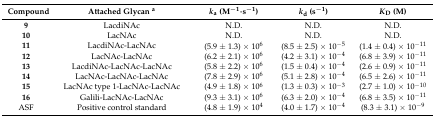
| Compound | Attached Glycan a | ka (M−1·s−1) | kd (s−1) | KD (M) |
 | --- | --- | --- | --- | --- |
 | 9 | LacdiNAc | N.D. | N.D. | N.D. |
 | 10 | LacNAc | N.D. | N.D. | N.D. |
 | 11 | LacdiNAc-LacNAc | (5.9 ± 1.3) × 106 | (8.5 ± 2.5) × 10−5 | (1.4 ± 0.4) × 10−11 |
 | 12 | LacNAc-LacNAc | (6.2 ± 2.1) × 106 | (4.2 ± 3.1) × 10−4 | (6.8 ± 3.9) × 10−11 |
 | 13 | LacdiNAc-LacNAc-LacNAc | (5.8 ± 2.2) × 106 | (1.5 ± 0.4) × 10−4 | (2.6 ± 0.9) × 10−11 |
 | 14 | LacNAc-LacNAc-LacNAc | (7.8 ± 2.9) × 106 | (5.1 ± 2.8) × 10−4 | (6.5 ± 2.6) × 10−11 |
 | 15 | LacNAc type 1-LacNAc-LacNAc | (4.9 ± 1.8) × 106 | (1.3 ± 0.3) × 10−3 | (2.7 ± 1.0) × 10−10 |
 | 16 | Galili-LacNAc-LacNAc | (9.3 ± 3.1) × 106 | (6.3 ± 2.0) × 10−4 | (6.8 ± 3.5) × 10−11 |
 | ASF | Positive control standard | (4.8 ± 1.9) × 104 | (4.0 ± 1.7) × 10−4 | (8.3 ± 3.1) × 10−9 |